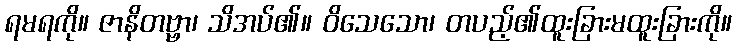
ရမရကို။ ဇာနိတဗ္ဗာ၊ သိအပ်၏။ ဝိသေသော၊ တပည့်၏ထူးခြားမထူးခြားကို။